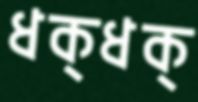
ধক্ধক্